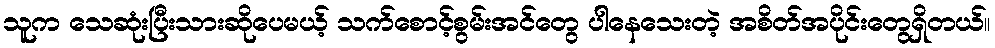
သူက သေဆုံးပြီးသားဆိုပေမယ့် သက်စောင့်စွမ်းအင်တွေ ပါနေသေးတဲ့ အစိတ်အပိုင်းတွေရှိတယ်။